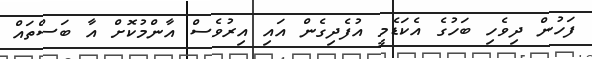
ފަހުން ދިވެހި ބަހުގެ އެކަޑެމީ އުފެދިގެން އައި އިރުވެސް އާންމުކޮށް އާ ބަސްތައް